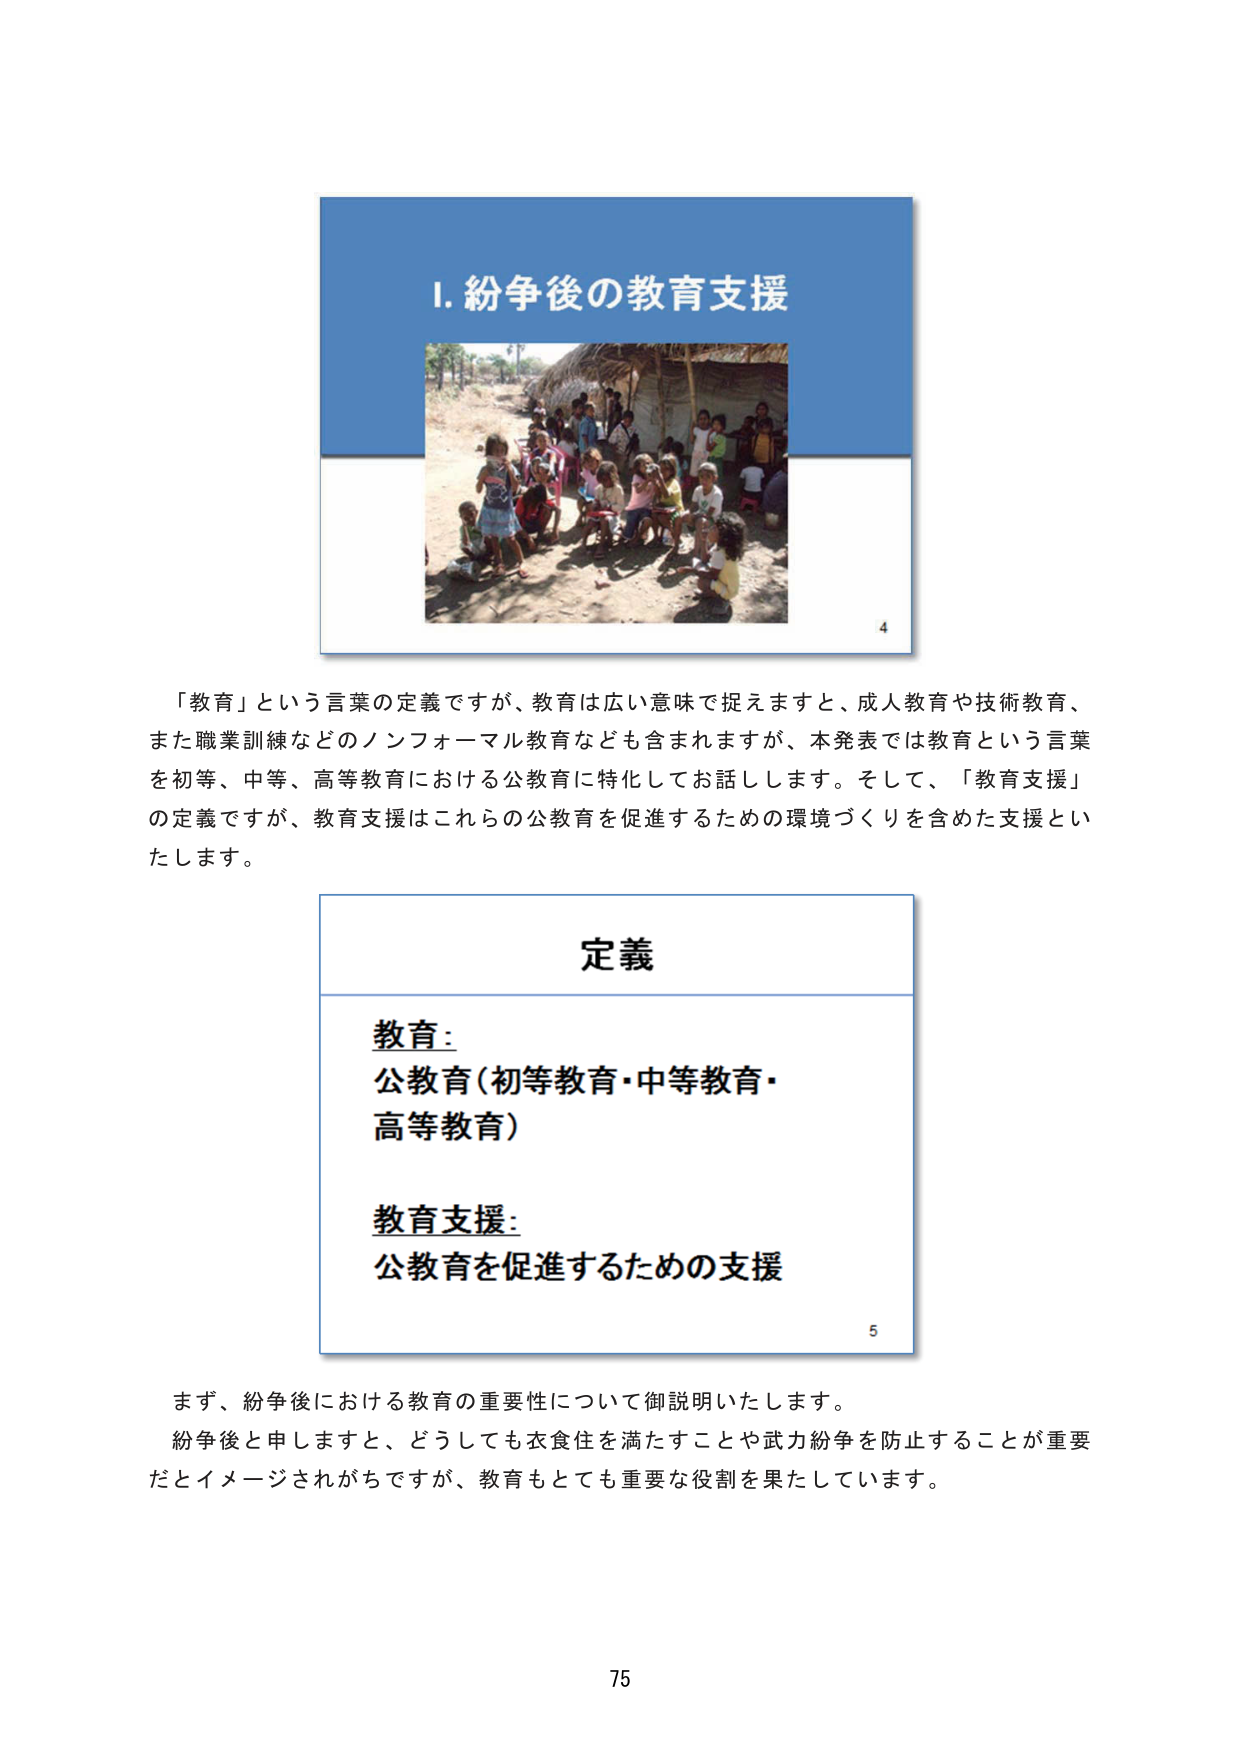
Ⅰ. 紛争後の教育支援

「教育」という言葉の定義ですが、教育は広い意味で捉えますと、成人教育や技術教育、
また職業訓練などのノンフォーマル教育なども含まれますが、本発表では教育という言葉
を初等、中等、高等教育における公教育に特化してお話します。そして、「教育支援」
の定義ですが、教育支援はこれらの公教育を促進するための環境づくりを含めた支援とい
たします。

定義

教育：
公教育（初等教育・中等教育・
高等教育）

教育支援：
公教育を促進するための支援

まず、紛争後における教育の重要性について御説明いたします。
紛争後と申しますと、どうしても衣食住を満たすことや武力紛争を防止することが重要
だとイメージされがちですが、教育もとても重要な役割を果たしています。

75